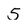
Character: 5